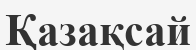
Қазақсай